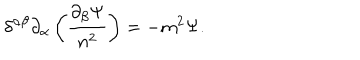
\delta ^ { \alpha \beta } \partial _ { \alpha } \left( \frac { \partial _ { \beta } \Psi } { n ^ { 2 } } \right) = - m ^ { 2 } \Psi .